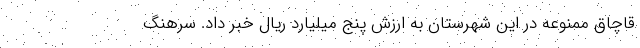
قاچاق ممنوعه در این شهرستان به ارزش پنج میلیارد ریال خبر داد. سرهنگ